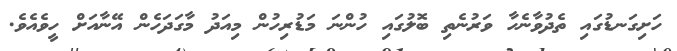
ހަށިގަނޑުގައި ތެދުވާނެހާ ވަރުނެތި ބޮލުގައި ހުންނަ މަޑުރިހުން މިއަދު މާގަދަހެން އޭނާއަށް ހީވެއެވެ.